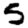
Digit: 5